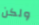
ولكن